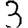
Digit: 3